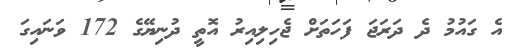
އެ ގައުމު ދެ ދަރަޖަ ފަހަތަށް ޖެހިލިއިރު އޮތީ ދުނިޔޭގެ 172 ވަނައިގަ